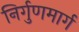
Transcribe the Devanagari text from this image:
निर्गुणमार्ग